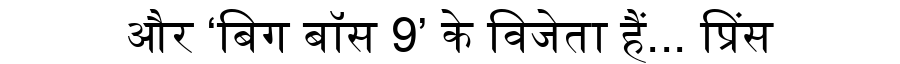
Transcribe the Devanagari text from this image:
और ‘बिग बॉस 9’ के विजेता हैं... प्रिंस